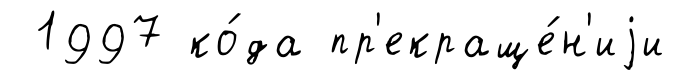
1997 ко́да пр'екраще́н'иjи